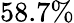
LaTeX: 58.7\%